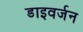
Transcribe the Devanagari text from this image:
डाइवर्जन